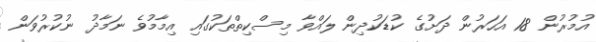
އުމުރުން 18 އަހަރުން ދަށުގެ ކުޑަކުދިން ލައްވާ މިސްކިތްތަކުގައި އިމާމުވެ ނަމާދު ނުކުރުވަން